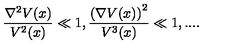
\frac { \nabla ^ { 2 } V ( x ) } { V ^ { 2 } ( x ) } \ll 1 , \frac { \left( \nabla V ( x ) \right) ^ { 2 } } { V ^ { 3 } ( x ) } \ll 1 , . . . .